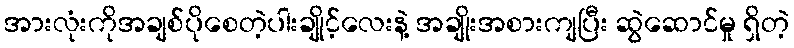
အားလုံးကိုအချစ်ပိုစေတဲ့ပါးချိုင့်လေးနဲ့ အချိုးအစားကျပြီး ဆွဲဆောင်မှု ရှိတဲ့